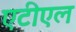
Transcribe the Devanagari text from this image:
एटीएल